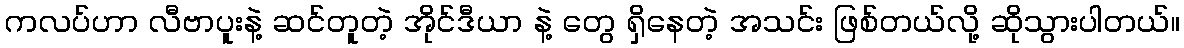
ကလပ်ဟာ လီဗာပူးနဲ့ ဆင်တူတဲ့ အိုင်ဒီယာ နဲ့ တွေ ရှိနေတဲ့ အသင်း ဖြစ်တယ်လို့ ဆိုသွားပါတယ်။